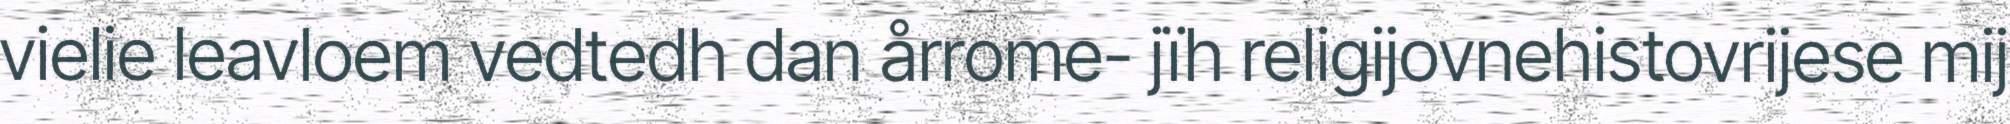
vielie leavloem vedtedh dan årrome- jïh religijovnehistovrijese mij